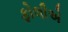
ફોલીએ